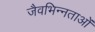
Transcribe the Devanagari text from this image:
जैवभिन्नताओं